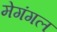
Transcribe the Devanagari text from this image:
मेगंगल